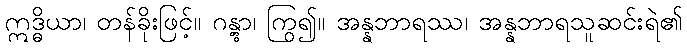
ဣဒ္ဓိယာ၊ တန်ခိုးဖြင့်။ ဂန္တွာ၊ ကြွ၍။ အန္နဘာရဿ၊ အန္နဘာရသူဆင်းရဲ၏